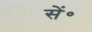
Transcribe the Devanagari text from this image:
सें॰